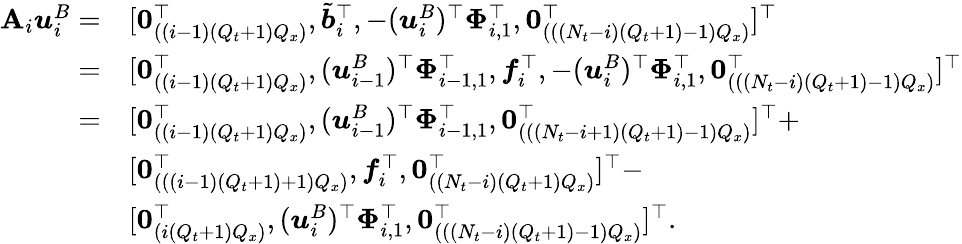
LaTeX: \begin{array}{rl}{\mathbf{A}_{i}\boldsymbol{u}_{i}^{B}=}&{[\boldsymbol{0}_{((i-1)(Q_{t}+1)Q_{x})}^{\top},\tilde{\boldsymbol{b}}_{i}^{\top},-(\boldsymbol{u}_{i}^{B})^{\top}\mathbf{\Phi}_{i,1}^{\top},\mathbf{0}_{(((N_{t}-i)(Q_{t}+1)-1)Q_{x})}^{\top}]^{\top}}\\ {=}&{[\boldsymbol{0}_{((i-1)(Q_{t}+1)Q_{x})}^{\top},(\boldsymbol{u}_{i-1}^{B})^{\top}\mathbf{\Phi}_{i-1,1}^{\top},\boldsymbol{f}_{i}^{\top},-(\boldsymbol{u}_{i}^{B})^{\top}\mathbf{\Phi}_{i,1}^{\top},\mathbf{0}_{(((N_{t}-i)(Q_{t}+1)-1)Q_{x})}^{\top}]^{\top}}\\ {=}&{[\boldsymbol{0}_{((i-1)(Q_{t}+1)Q_{x})}^{\top},(\boldsymbol{u}_{i-1}^{B})^{\top}\mathbf{\Phi}_{i-1,1}^{\top},\mathbf{0}_{(((N_{t}-i+1)(Q_{t}+1)-1)Q_{x})}^{\top}]^{\top}+}\\ &{[\boldsymbol{0}_{(((i-1)(Q_{t}+1)+1)Q_{x})}^{\top},\boldsymbol{f}_{i}^{\top},\mathbf{0}_{((N_{t}-i)(Q_{t}+1)Q_{x})}^{\top}]^{\top}-}\\ &{[\boldsymbol{0}_{(i(Q_{t}+1)Q_{x})}^{\top},(\boldsymbol{u}_{i}^{B})^{\top}\mathbf{\Phi}_{i,1}^{\top},\mathbf{0}_{(((N_{t}-i)(Q_{t}+1)-1)Q_{x})}^{\top}]^{\top}.}\end{array}